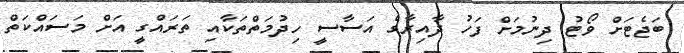
ބަޖެޓަށް ވޯޓު ދިނުމަށް ފަހު ދާއިރާގެ އަސާސީ ހިދުމަތްތަކާއި ތަރައްގީ އަށް މަސައްކަތް